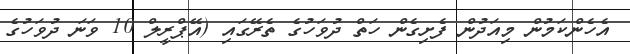
އެހެންކަމުން މިއަދުން ފެށިގެން ހަތް ދުވަހުގެ ތެރޭގައި (އޭޕްރީލް 10 ވަނަ ދުވަހުގެ